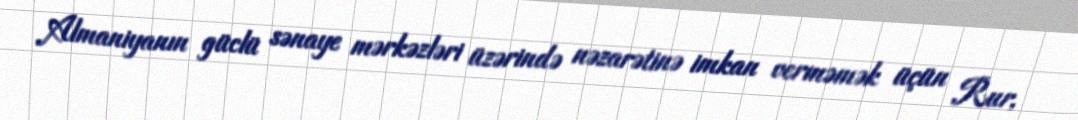
Almaniyanın güclü sənaye mərkəzləri üzərində nəzarətinə imkan verməmək üçün Rur,